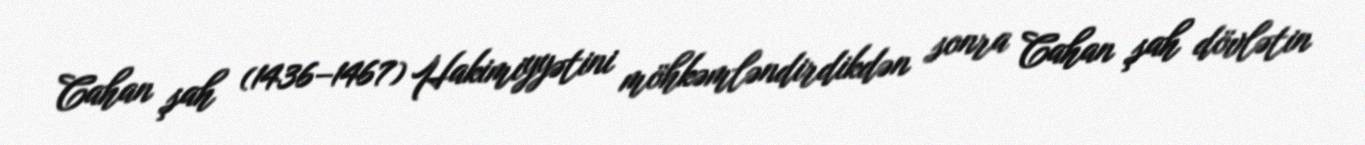
Cahan şah (1436–1467) Hakimiyyətini möhkəmləndirdikdən sonra Cahan şah dövlətin